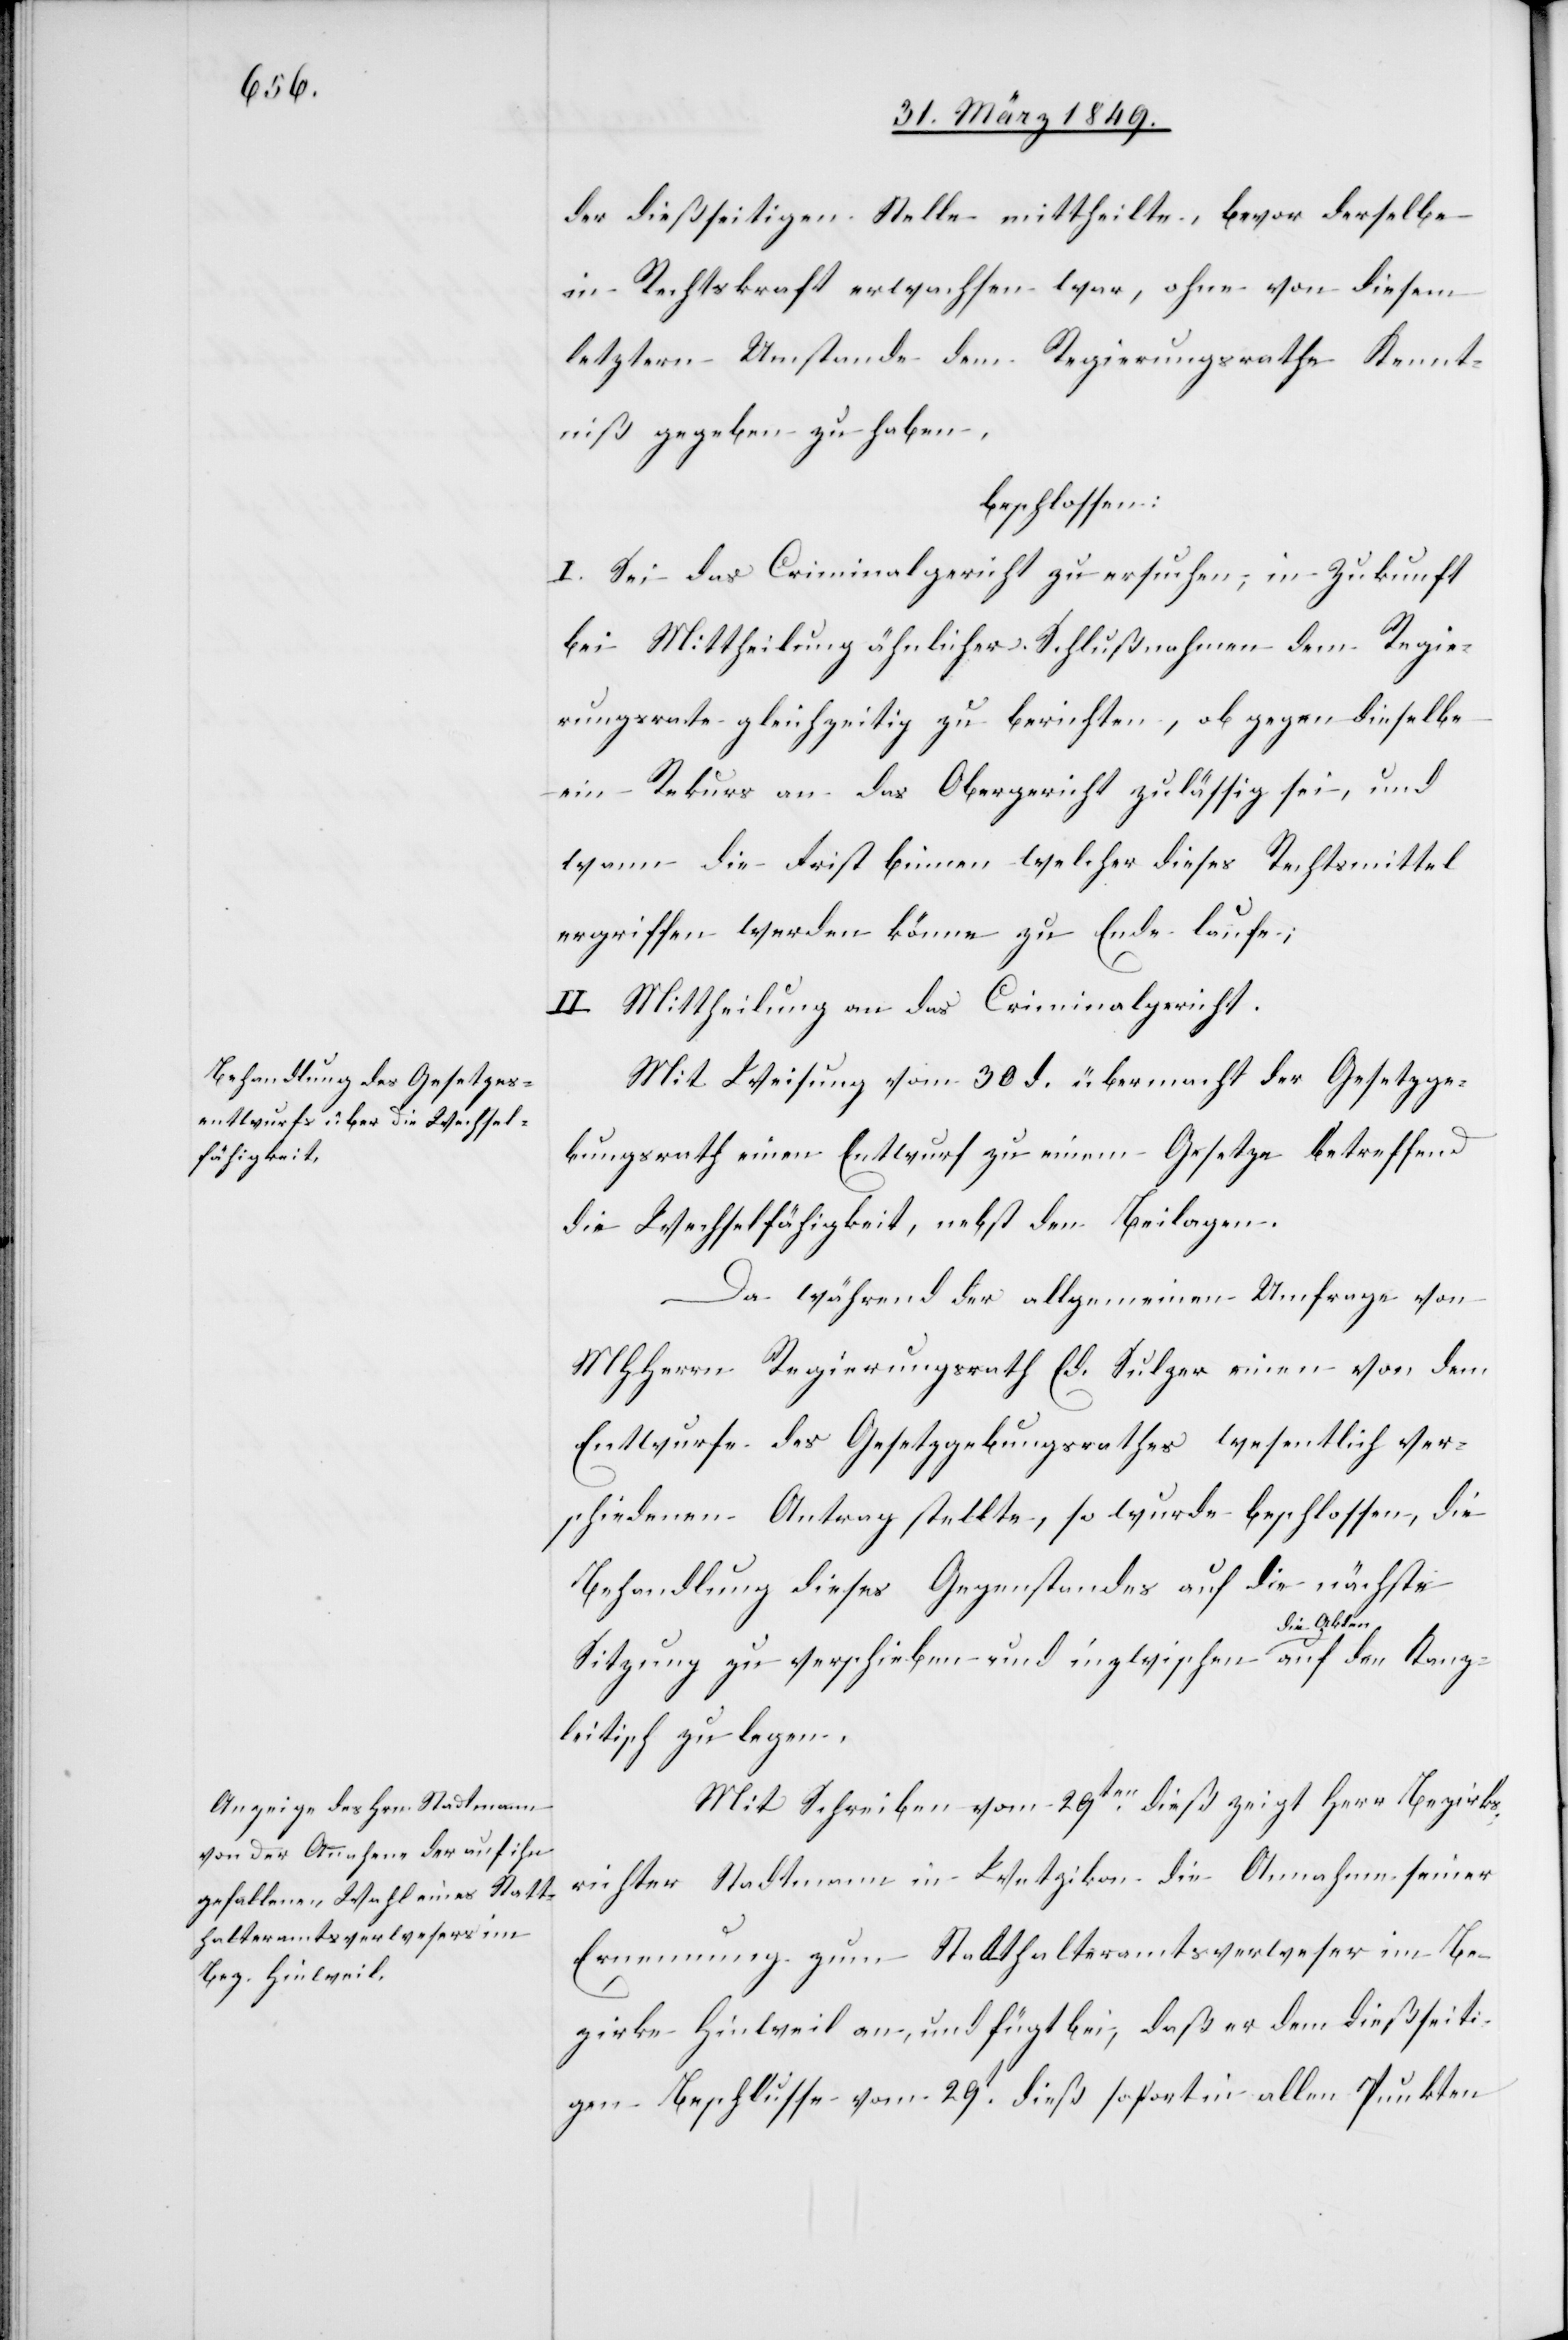
der dießseitigen Stelle mittheilte, bevor derselbe
in Rechtskraft erwachsen war, ohne von diesem
letztern Umstande dem Regierungsrathe Kennt¬
niß gegeben zu haben,
beschlossen:
I. Sei das Criminalgericht zu ersuchen, in Zukunft
bei Mittheilung ähnlicher Schlußnahmen dem Regie¬
rungsrathe gleichzeitig zu berichten, ob gegen dieselbe
ein Rekurs an das Obergericht zulässig sei, und
wann die Frist binnen welcher dieses Rechtsmittel
erfgriffen werden könne zu Ende laufe;
II. Mittheilung an das Criminalgericht.
Mit Weisung vom 30 d. übermacht der Gesetzge¬
bungsrath einen Entwurf zu einem Gesetze betreffend
die Wechselfähigkeit, nebst den Beilagen.
Da während der allgemeinen Umfrage von
MHHerrn Regierungsrath Ed. Sulzer einen von dem
Entwurfe des Gesetzgebungsrathes wesentlich ver¬
schiedenen Antrag stellte [sic!], so wurde beschlossen, die
Behandlung dieses Gegenstandes auf die nächste
den Kanz¬
Sitzung zu verschieben und inzwischen die Akten
leitisch zu legen.
Mit Schreiben vom 29ten. dieß zeigt Herr Bezirks¬
richter Stadtmann in Wetzikon die Annahme seiner
Ernennung zum Statthalteramtsverweser im Be¬
zirke Hinweil an, und fügt bei, daß er dem dießseiti¬
gen Beschlusse vom 29t. dieß sofort in allen Punkten